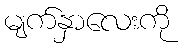
မျက်နှာလေးကို